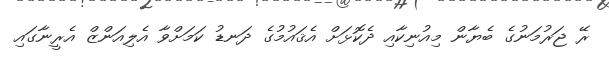
ރޭ ޖަރުމަނުގެ ބެޔާން މިއުނިކާއި ދެކޮޅަށް އެޤައުމުގެ ދަނޑު ކަމަށްވާ އެލިއަންޒް އެރީނާގައި